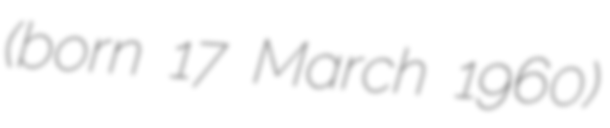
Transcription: (born 17 March 1960)